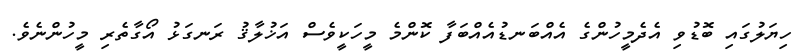
ހިޔަލުގައި ބޮޑުވި އެދެމީހުންގެ އެއްބަނޑުއެއްބަފާ ކޮންމެ މީހަކީވެސް އަޚުލާޤު ރަނގަޅު އޯގާތެރި މީހުންނެވެ.